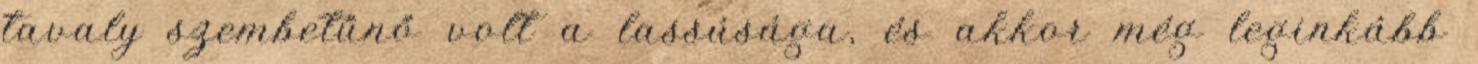
tavaly szembetűnő volt a lassúsága, és akkor még leginkább